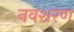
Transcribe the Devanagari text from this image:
नवशरण